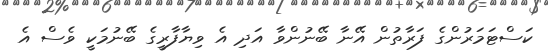
ކަސްޓަމަރުންގެ ފަރާތުން އޭނާ ބޭނުންވާ އަދި އެ ވިޔާފާރީގެ ބޭނުމަކީ ވެސް އެ